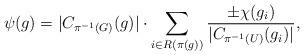
LaTeX: \begin{align*} \psi(g) = |C_{\pi^{-1}(G)}(g)| \cdot \sum_{i \in R( \pi(g) )} \frac{\pm \chi(g_i)}{|C_{\pi^{-1}(U)}(g_i)|},\end{align*}